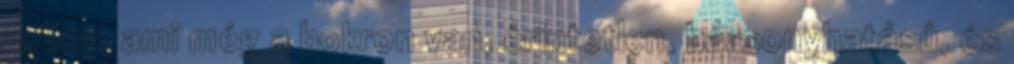
málna, ami még a bokron van, érintetlen, bársonyhatású, és